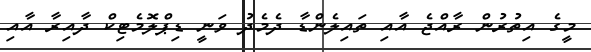
މީގެ އިތުރުން ރާއްޖެ އާއި ތައިލެންޑާ ދެމެދު ވަނީ ޑިޕްލޮމެޓިކް ދާއިރާ އާއި